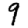
Digit: 9